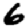
Digit: 6